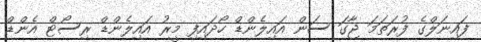
ފައިނަލްގެ ފުރަތަމަ ޖާގަ ސަން އައިލެންޑް ހޯދައިފި މީރު އައިލެންޑް ރިސޯޓް އެންޑް